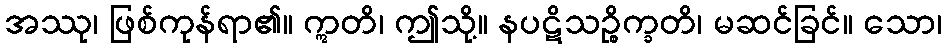
အဿု၊ ဖြစ်ကုန်ရာ၏။ ဣတိ၊ ဤသို့။ နပဋိသဉ္စိက္ခတိ၊ မဆင်ခြင်။ သော၊